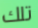
تلك